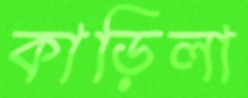
কাড়িলা